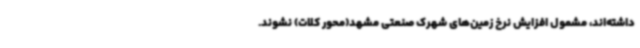
داشته‌اند، مشمول افزایش نرخ زمین‌های شهرک صنعتی مشهد(محور کلات) نشوند.